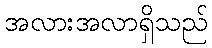
အလားအလာရှိသည်